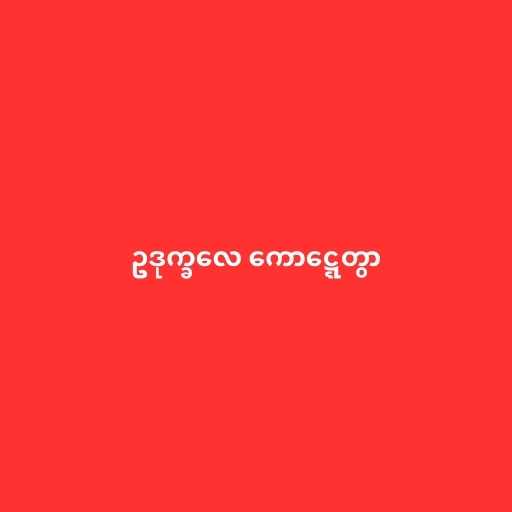
ဥဒုက္ခလေ ကောဋ္ဋေတွာ